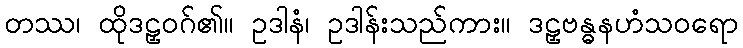
တဿ၊ ထိုဒဠှဝဂ်၏။ ဥဒါနံ၊ ဥဒါန်းသည်ကား။ ဒဠှဗန္ဓနဟံသဝရော